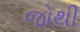
જોથી